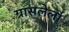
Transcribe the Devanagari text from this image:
ग्रासलेला